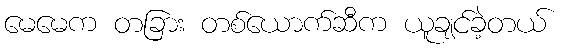
မေမေက တခြား တစ်ယောက်ဆီက ယူချင်ခဲ့တယ်